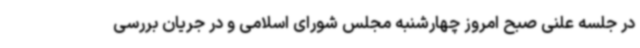
در جلسه علنی صبح امروز چهارشنبه مجلس شورای اسلامی و در جریان بررسی